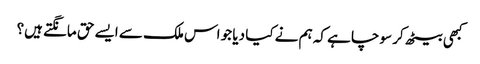
کبھی بیٹھ کر سوچا ہے کہ ہم نے کیا دیا جو اس ملک سے ایسے حق مانگتے ہیں؟